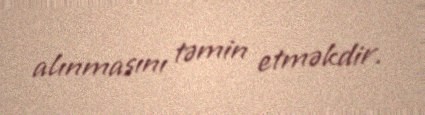
alınmasını təmin etməkdir.